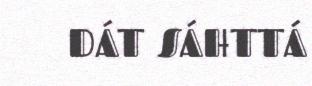
DÁT SÁHTTÁ